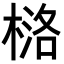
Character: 𪳅